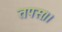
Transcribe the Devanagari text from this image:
तपसः।।